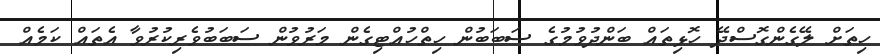
ހިތަށް ލޭގެންގޮސްދޭ ހޮޅިތައް ބަންދުވުމުގެ ސަބަބުން ހިތްހުއްޓިގެން މަރުވުން ސަބަބުވެރިކުރުވާ އެތައް ކަމެއް